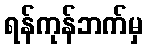
ရန်ကုန်ဘက်မှ